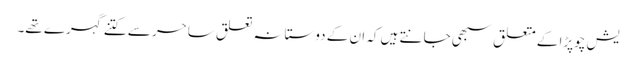
یش چوپڑا کے متعلق سبھی جانتے ہیں کہ ان کے دوستانہ تعلق ساحر سے کتنے گہرے تھے۔